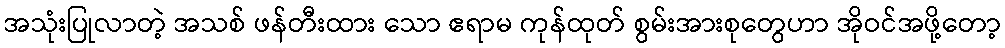
အသုံးပြုလာတဲ့ အသစ် ဖန်တီးထား သော ဧရာမ ကုန်ထုတ် စွမ်းအားစုတွေဟာ အိုဝင်အဖို့တော့